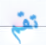
تقم